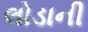
લોડાની